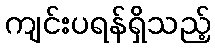
ကျင်းပရန်ရှိသည့်